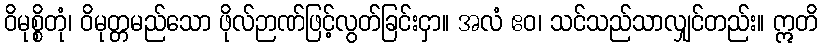
ဝိမုစ္စိတုံ၊ ဝိမုတ္တမည်သော ဖိုလ်ဉာဏ်ဖြင့်လွတ်ခြင်းငှာ။ အလံ ဧဝ၊ သင်သည်သာလျှင်တည်း။ ဣတိ